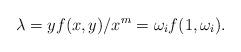
LaTeX: \begin{align*}\lambda=y f(x,y)/x^m = \omega_i f(1,\omega_i).\end{align*}